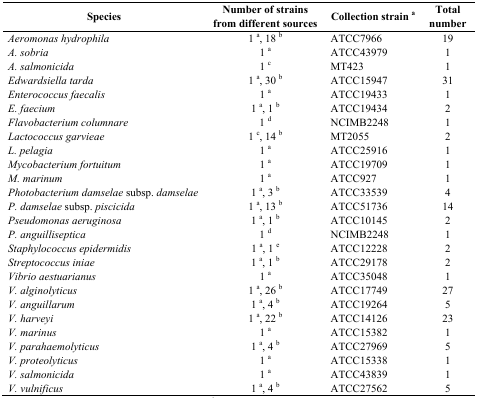
<table><thead><tr><td><b>Species</b></td><td><b>Number of strains from different sources</b></td><td><b>Collection strain <sup>a</sup></b></td><td><b>Total number</b></td></tr></thead><tbody><tr><td><i>Aeromonas hydrophila</i></td><td>1 <sup>a</sup>, 18 <sup>b</sup></td><td>ATCC7966</td><td>19</td></tr><tr><td><i>A. sobria</i></td><td>1 <sup>a</sup></td><td>ATCC43979</td><td>1</td></tr><tr><td><i>A. salmonicida</i></td><td>1 <sup>c</sup></td><td>MT423</td><td>1</td></tr><tr><td><i>Edwardsiella tarda</i></td><td>1 <sup>a</sup>, 30 <sup>b</sup></td><td>ATCC15947</td><td>31</td></tr><tr><td><i>Enterococcus faecalis</i></td><td>1 <sup>a</sup></td><td>ATCC19433</td><td>1</td></tr><tr><td><i>E. faecium</i></td><td>1 <sup>a</sup>, 1 <sup>b</sup></td><td>ATCC19434</td><td>2</td></tr><tr><td><i>Flavobacterium columnare</i></td><td>1 <sup>d</sup></td><td>NCIMB2248</td><td>1</td></tr><tr><td><i>Lactococcus garvieae</i></td><td>1 <sup>c</sup>, 14 <sup>b</sup></td><td>MT2055</td><td>2</td></tr><tr><td><i>L. pelagia</i></td><td>1 <sup>a</sup></td><td>ATCC25916</td><td>1</td></tr><tr><td><i>Mycobacterium fortuitum</i></td><td>1 <sup>a</sup></td><td>ATCC19709</td><td>1</td></tr><tr><td><i>M. marinum</i></td><td>1 <sup>a</sup></td><td>ATCC927</td><td>1</td></tr><tr><td><i>Photobacterium damselae</i> subsp. <i>damselae</i></td><td>1 <sup>a</sup>, 3 <sup>b</sup></td><td>ATCC33539</td><td>4</td></tr><tr><td><i>P. damselae</i> subsp. <i>piscicida</i></td><td>1 <sup>a</sup>, 13 <sup>b</sup></td><td>ATCC51736</td><td>14</td></tr><tr><td><i>Pseudomonas aeruginosa</i></td><td>1 <sup>a</sup>, 1 <sup>b</sup></td><td>ATCC10145</td><td>2</td></tr><tr><td><i>P. anguilliseptica</i></td><td>1 <sup>d</sup></td><td>NCIMB2248</td><td>1</td></tr><tr><td><i>Staphylococcus epidermidis</i></td><td>1 <sup>a</sup>, 1 <sup>e</sup></td><td>ATCC12228</td><td>2</td></tr><tr><td><i>Streptococcus iniae</i></td><td>1 <sup>a</sup>, 1 <sup>b</sup></td><td>ATCC29178</td><td>2</td></tr><tr><td><i>Vibrio aestuarianus</i></td><td>1 <sup>a</sup></td><td>ATCC35048</td><td>1</td></tr><tr><td><i>V. alginolyticus</i></td><td>1 <sup>a</sup>, 26 <sup>b</sup></td><td>ATCC17749</td><td>27</td></tr><tr><td><i>V. anguillarum</i></td><td>1 <sup>a</sup>, 4 <sup>b</sup></td><td>ATCC19264</td><td>5</td></tr><tr><td><i>V. harveyi</i></td><td>1 <sup>a</sup>, 22 <sup>b</sup></td><td>ATCC14126</td><td>23</td></tr><tr><td><i>V. marinus</i></td><td>1 <sup>a</sup></td><td>ATCC15382</td><td>1</td></tr><tr><td><i>V. parahaemolyticus</i></td><td>1 <sup>a</sup>, 4 <sup>b</sup></td><td>ATCC27969</td><td>5</td></tr><tr><td><i>V. proteolyticus</i></td><td>1 <sup>a</sup></td><td>ATCC15338</td><td>1</td></tr><tr><td><i>V. salmonicida</i></td><td>1 <sup>a</sup></td><td>ATCC43839</td><td>1</td></tr><tr><td><i>V. vulnificus</i></td><td>1 <sup>a</sup>, 4 <sup>b</sup></td><td>ATCC27562</td><td>5</td></tr></tbody></table>